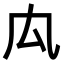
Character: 𠘯